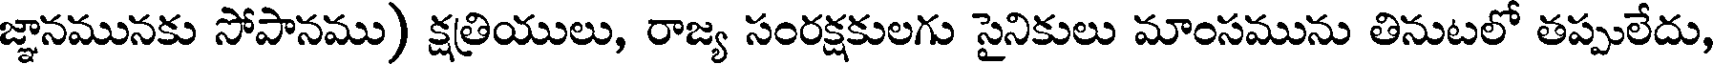
జ్ఞానమునకు సోపానము) క్షత్రియులు, రాజ్య సంరక్షకులగు సైనికులు మాంసమును తినుటలో తప్పులేదు,